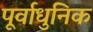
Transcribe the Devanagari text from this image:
पूर्वाधुनिक